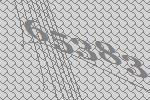
65383